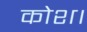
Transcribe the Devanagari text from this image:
कोश।